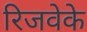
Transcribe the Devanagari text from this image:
रिजवेके